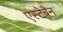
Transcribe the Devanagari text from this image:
एस्टेबैन